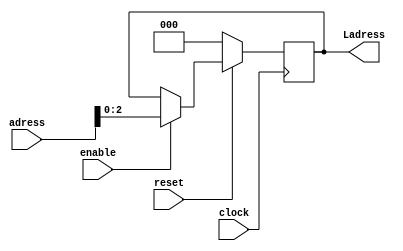
`timescale 1ns / 1ps
/////////////////////////////////////////////////////////////////////////////////
module latchW(
    input  clock,
    input  reset,
    input  enable,
    input [31:0] adress,
    output reg [2:0] Ladress
    );
	 
	 always @ ( posedge clock )
            if (!reset) begin
                Ladress=3'b0;
			end else if (enable) begin
				Ladress=adress[2:0];
			end

endmodule